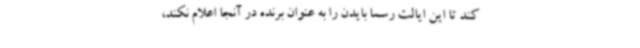
‌کند تا این ایالت رسما بایدن را به عنوان برنده در آنجا اعلام نکند،